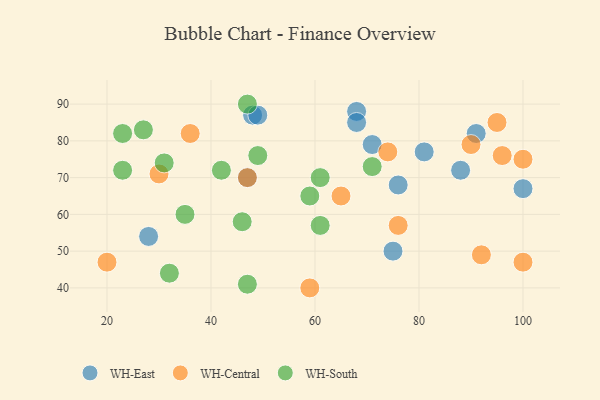
{"axis": {"x": "GDP", "y": "Life Expectancy"}, "legend": ["WH-Central", "WH-East", "WH-South"], "data": [{"x": "28", "y": 54, "type": "WH-East"}, {"x": "68", "y": 88, "type": "WH-East"}, {"x": "76", "y": 68, "type": "WH-East"}, {"x": "68", "y": 85, "type": "WH-East"}, {"x": "100", "y": 67, "type": "WH-East"}, {"x": "47", "y": 70, "type": "WH-East"}, {"x": "71", "y": 79, "type": "WH-East"}, {"x": "75", "y": 50, "type": "WH-East"}, {"x": "48", "y": 87, "type": "WH-East"}, {"x": "91", "y": 82, "type": "WH-East"}, {"x": "49", "y": 87, "type": "WH-East"}, {"x": "81", "y": 77, "type": "WH-East"}, {"x": "88", "y": 72, "type": "WH-East"}, {"x": "74", "y": 77, "type": "WH-Central"}, {"x": "95", "y": 85, "type": "WH-Central"}, {"x": "20", "y": 47, "type": "WH-Central"}, {"x": "30", "y": 71, "type": "WH-Central"}, {"x": "100", "y": 75, "type": "WH-Central"}, {"x": "47", "y": 70, "type": "WH-Central"}, {"x": "92", "y": 49, "type": "WH-Central"}, {"x": "100", "y": 47, "type": "WH-Central"}, {"x": "96", "y": 76, "type": "WH-Central"}, {"x": "76", "y": 57, "type": "WH-Central"}, {"x": "36", "y": 82, "type": "WH-Central"}, {"x": "65", "y": 65, "type": "WH-Central"}, {"x": "90", "y": 79, "type": "WH-Central"}, {"x": "59", "y": 40, "type": "WH-Central"}, {"x": "71", "y": 73, "type": "WH-South"}, {"x": "23", "y": 72, "type": "WH-South"}, {"x": "61", "y": 57, "type": "WH-South"}, {"x": "47", "y": 41, "type": "WH-South"}, {"x": "46", "y": 58, "type": "WH-South"}, {"x": "47", "y": 90, "type": "WH-South"}, {"x": "23", "y": 82, "type": "WH-South"}, {"x": "61", "y": 70, "type": "WH-South"}, {"x": "59", "y": 65, "type": "WH-South"}, {"x": "35", "y": 60, "type": "WH-South"}, {"x": "31", "y": 74, "type": "WH-South"}, {"x": "27", "y": 83, "type": "WH-South"}, {"x": "42", "y": 72, "type": "WH-South"}, {"x": "32", "y": 44, "type": "WH-South"}, {"x": "49", "y": 76, "type": "WH-South"}]}